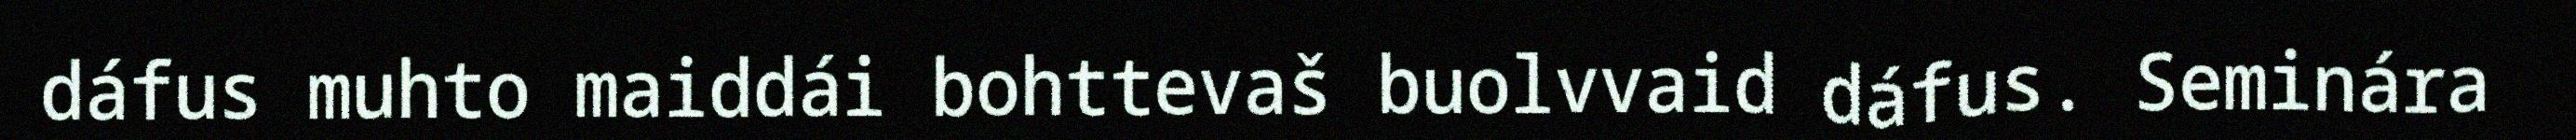
dáfus muhto maiddái bohttevaš buolvvaid dáfus. Seminára